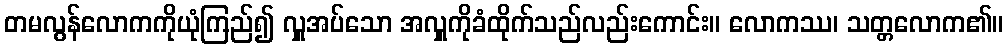
တမလွန်လောကကိုယုံကြည်၍ လှူအပ်သော အလှူကိုခံထိုက်သည်လည်းကောင်း။ လောကဿ၊ သတ္တလောက၏။